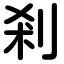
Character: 剎